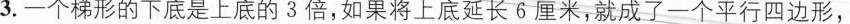
3.一个梯形的下底是上底的3倍，如果将上底延长6厘米，就成了一个平行四边形，